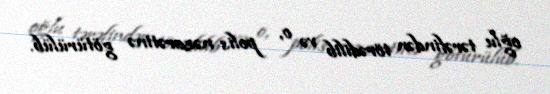
oğlu tərəfindən törədilib və o, polis nəzarətinə götürülüb.